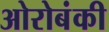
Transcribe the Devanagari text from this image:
ओरोबंकी